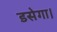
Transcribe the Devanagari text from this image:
डसेगा।